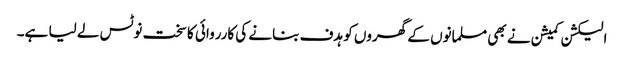
الیکشن کمیشن نے بھی مسلمانوں کے گھروں کو ہدف بنانے کی کارروائی کا سخت نوٹس لے لیا ہے۔